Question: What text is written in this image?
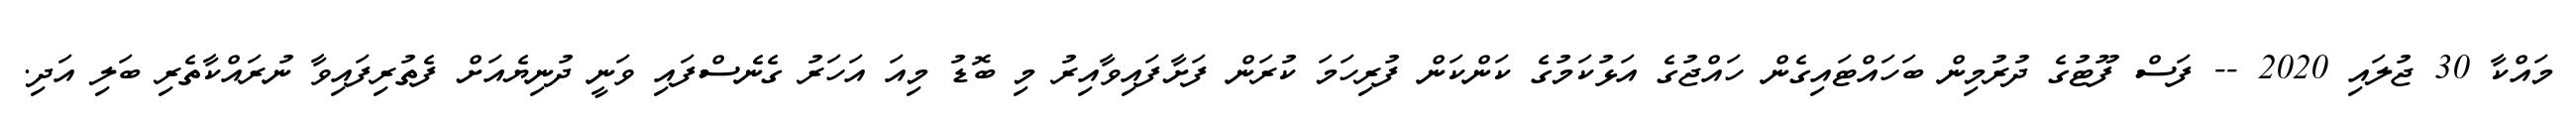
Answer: މައްކާ 30 ޖުލައި 2020 -- ފަސް ފޫޓުގެ ދުރުމިން ބަހައްޓައިގެން ހައްޖުގެ އަޅުކަމުގެ ކަންކަން ފުރިހަމަ ކުރަން ފަށާފައިވާއިރު މި ބޮޑު މިއަ އަހަރު ގެނެސްފައި ވަނީ ދުނިޔެއަށް ފެތުރިފައިވާ ނުރައްކާތެރި ބަލި އަދި.